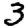
Digit: 3